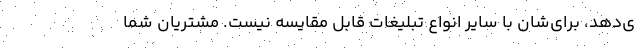
ی‌دهد، برای‌شان با سایر انواع تبلیغات قابل مقایسه نیست. مشتریان شما